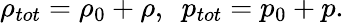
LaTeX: \rho_{tot}=\rho_{0}+\rho,\ \ p_{tot}=p_{0}+p.